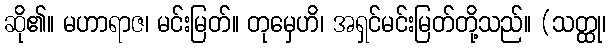
ဆို၏။ မဟာရာဇ၊ မင်းမြတ်။ တုမှေဟိ၊ အရှင်မင်းမြတ်တို့သည်။ (သတ္ထု၊